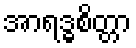
အာရဒ္ဓစိတ္တာ